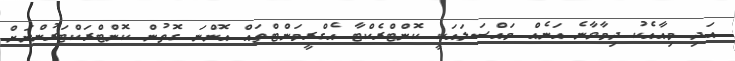
އަދި މިއާއެކު ދިމާވާނެ އަނެއް މައްސަލައަކީ ކޮންޓްރެކްޓާ އެގްރީމަންޓްތައް އޮންނަ ގޮތުން ކޮންޓްރަކްޓަރުންނަށް